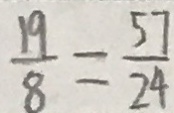
\frac { 1 9 } { 8 } = \frac { 5 7 } { 2 4 }